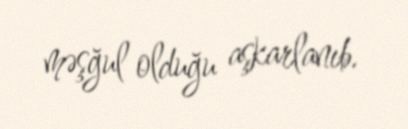
məşğul olduğu aşkarlanıb.